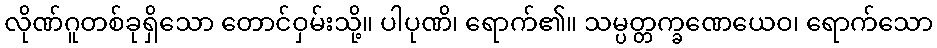
လိုဏ်ဂူတစ်ခုရှိသော တောင်ဝှမ်းသို့။ ပါပုဏိ၊ ရောက်၏။ သမ္ပတ္တက္ခဏေယေဝ၊ ရောက်သော